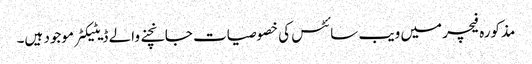
مذکورہ فیچر میں ویب سائٹس کی خصوصیات جانچنے والے ڈیٹیکٹر موجود ہیں۔